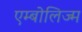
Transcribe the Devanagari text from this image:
एम्बोलिज्म